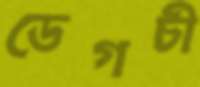
ডেগচী